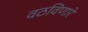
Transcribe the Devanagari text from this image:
वठविणारे